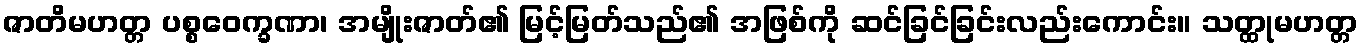
ဇာတိမဟတ္တ ပစ္စဝေက္ခဏာ၊ အမျိုးဇာတ်၏ မြင့်မြတ်သည်၏ အဖြစ်ကို ဆင်ခြင်ခြင်းလည်းကောင်း။ သတ္ထုမဟတ္တ